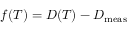
f ( T ) = D ( T ) - D _ { \mathrm { m e a s } }